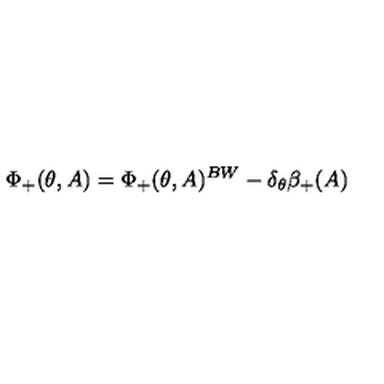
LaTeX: \Phi _ { + } ( \theta , A ) = \Phi _ { + } ( \theta , A ) ^ { B W } - \delta _ { \theta } \beta _ { + } ( A )